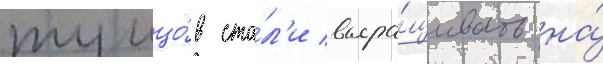
тунцо́в ста́л'и выра́щивать на́